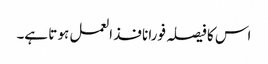
اس کا فیصلہ فورا نافذ العمل ہو تا ہے۔